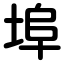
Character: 埠